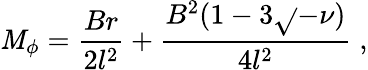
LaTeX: \mathit{M}_{\phi}=\frac{{Br}}{{2l^{2}}}+\frac{{B^{2}(1-3\sqrt{}{{-\nu}})}}{{4l^{2}}}\; ,